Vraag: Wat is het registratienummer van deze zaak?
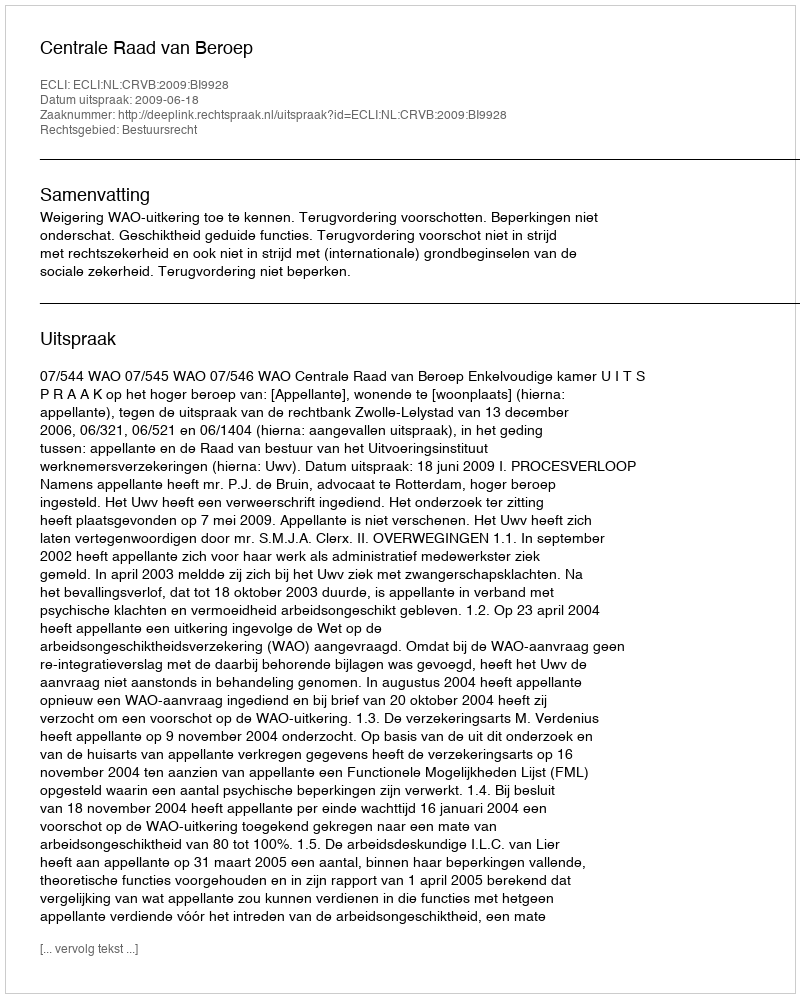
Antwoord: http://deeplink.rechtspraak.nl/uitspraak?id=ECLI:NL:CRVB:2009:BI9928